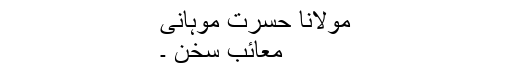
مولانا حسرت ؔموہانی
معائبِ سخن ۔